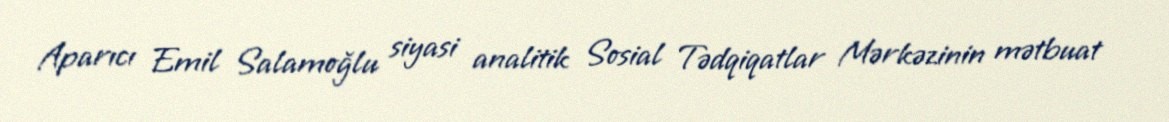
Aparıcı Emil Salamoğlu siyasi analitik Sosial Tədqiqatlar Mərkəzinin mətbuat